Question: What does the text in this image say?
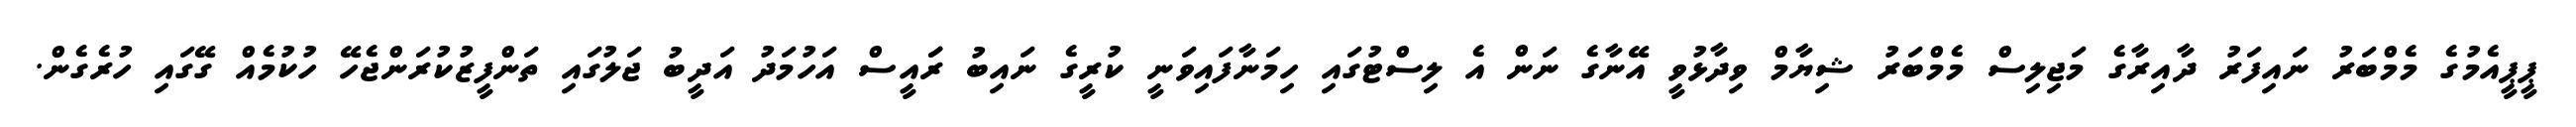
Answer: ޕީޕީއެމުގެ މެމްބަރު ނައިފަރު ދާއިރާގެ މަޖިލިސް މެމްބަރު ޝިޔާމް ވިދާޅުވީ އޭނާގެ ނަން އެ ލިސްޓުގައި ހިމަނާފައިވަނީ ކުރީގެ ނައިބު ރަައީސް އަހުމަދު އަދީބު ޖަލުގައި ތަންފީޒުކުރަންޖެހޭ ހުކުމެއް ގޭގައި ހުރެގެން.